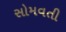
સોમવતી